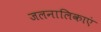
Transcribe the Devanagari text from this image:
जलनालिकाएं